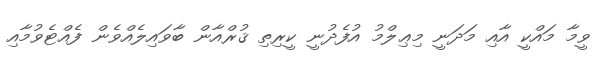
ވީމާ މައްކީ އާއި މަދަނީ މިޢިލްމު އުފެދުނީ ކީރިތި ޤުރްއާން ބާވައިލެއްވެން ފެއްޓެވުމާއި